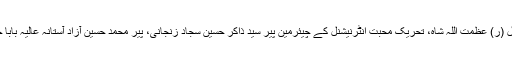
آستانہ عالیہ چورہ شریف کے پیر سید کبیر علی شاہ، آستانہ عالیہ نقیب آباد شریف کے پیر کرنل (ر) عظمت اللہ شاہ، تحریک محبت انٹرنیشنل کے چیئرمین پیر سید ذاکر حسین سجاد زنجانی، پیر محمد حسین آزاد آستانہ عالیہ بابا جناں والا قصور نے بھی ملک بچانے کیلئے ڈاکٹر طاہرالقادری کی مکمل حمایت کا اعلان کیا۔